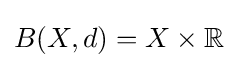
B(X,d)=X\times \mathbb {R}